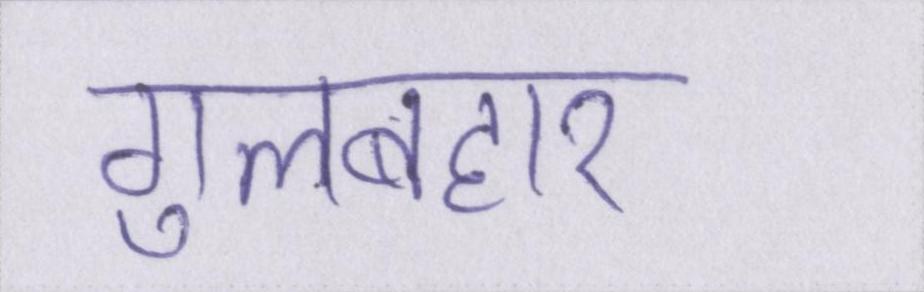
गुलबहार